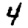
Digit: 4